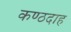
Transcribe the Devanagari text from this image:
कण्ठदाह